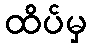
ထိပ်မှ